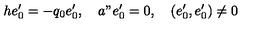
h e _ { 0 } ^ { \prime } = - q _ { 0 } e _ { 0 } ^ { \prime } , \quad a " e _ { 0 } ^ { \prime } = 0 , \quad ( e _ { 0 } ^ { \prime } , e _ { 0 } ^ { \prime } ) \neq 0